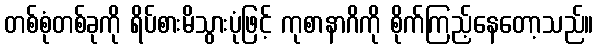
တစ်စုံတစ်ခုကို ရိပ်စားမိသွားပုံဖြင့် ကုစာနာဂိကို စိုက်ကြည့်နေတော့သည်။